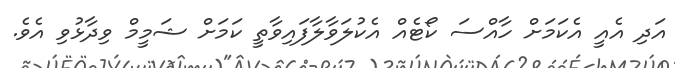
އަދި އެއީ އެކަމަށް ހާއްސަ ކޯޓެއް އެކުލަވާލާފައިވާތީ ކަމަށް ޝަމީމް ވިދާޅުވި އެވެ.